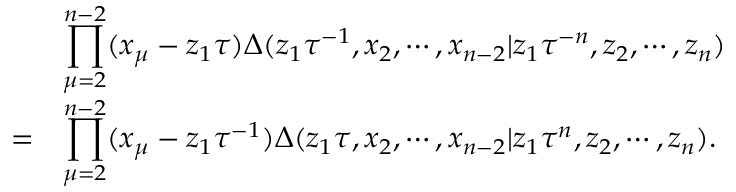
\begin{array} { c l } { { } } & { { \displaystyle \prod _ { \mu = 2 } ^ { n - 2 } ( x _ { \mu } - z _ { 1 } \tau ) \Delta ( z _ { 1 } \tau ^ { - 1 } , x _ { 2 } , \cdots , x _ { n - 2 } | z _ { 1 } \tau ^ { - n } , z _ { 2 } , \cdots , z _ { n } ) } } \\ { { = } } & { { \displaystyle \prod _ { \mu = 2 } ^ { n - 2 } ( x _ { \mu } - z _ { 1 } \tau ^ { - 1 } ) \Delta ( z _ { 1 } \tau , x _ { 2 } , \cdots , x _ { n - 2 } | z _ { 1 } \tau ^ { n } , z _ { 2 } , \cdots , z _ { n } ) . } } \end{array}